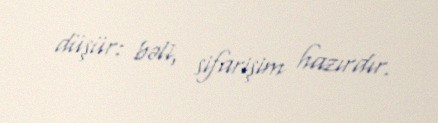
düşür: bəli, sifarişim hazırdır.